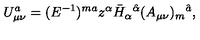
U _ { \mu \nu } ^ { a } = ( E ^ { - 1 } ) ^ { m a } z ^ { \alpha } \bar { H } _ { \alpha } { } ^ { \hat { \alpha } } ( A _ { \mu \nu } ) _ { m } { } ^ { \hat { a } } ,